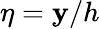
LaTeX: \eta=\mathbf{y}/h